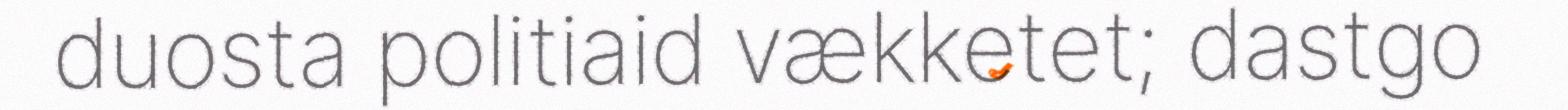
duosta politiaid vækketet; dastgo